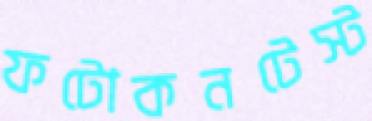
ফটোকনটেস্ট